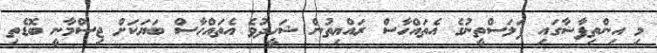
މި އިންތިފާޟާގައި ފަލަސްތީނުގެ އެތައްހާސް ރައްޔިތުން ޝަހީދުވެ އެތައްހާސް ބަޔަކަށް ޖިސްމާނީ ބޮޑެތި